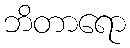
ဘိတာရော